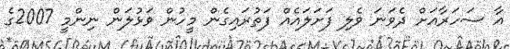
އާ ސަހަރާއަށް ދެވަނަ ވެލި ފަށަލައެއް ފަތުރައިގެން މީހުން ވަޅުލަން ނިންމީ 2007ގެ